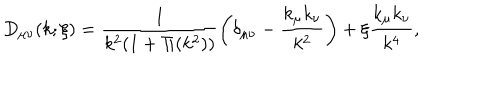
LaTeX: D _ { \mu \nu } ( k ; \xi ) = \frac { 1 } { k ^ { 2 } ( 1 + \Pi ( k ^ { 2 } ) ) } \left( \delta _ { \mu \nu } - \frac { k _ { \mu } k _ { \nu } } { k ^ { 2 } } \right) + \xi \frac { k _ { \mu } k _ { \nu } } { k ^ { 4 } } ,